Civil Veterinary Dept. North-West Frontier Province 1901-22 - 1901-1922
Year: 1901
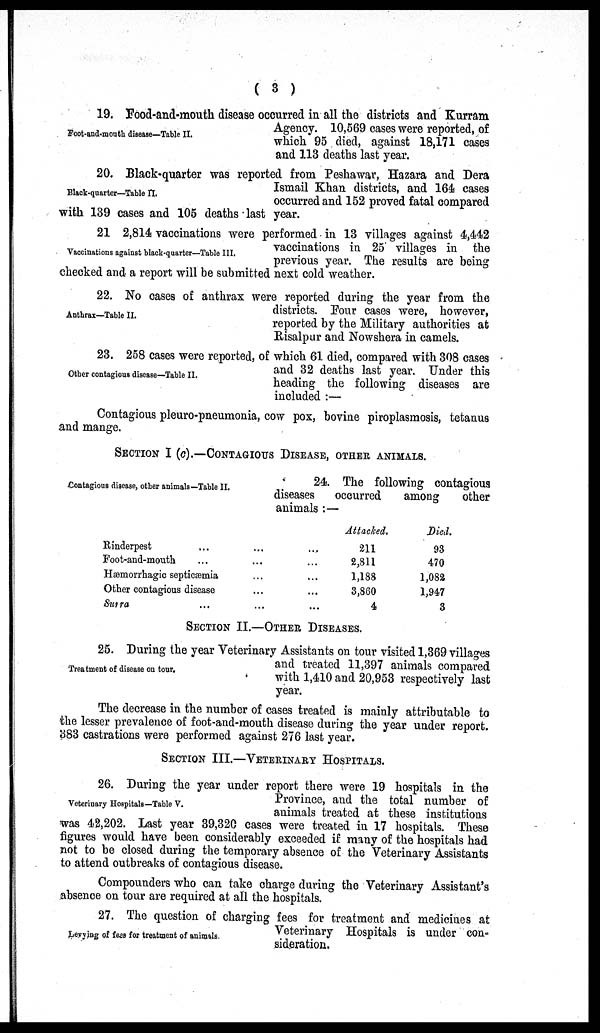
(3)
Foot-and-mouth disease—Table II.
19. Food-and-mouth disease occurred in all the districts and Kurram
Agency. 10,569 cases were reported, of
which 95 died, against 18,171 cases
and 113 deaths last year.
Black-quarter—Table II.
20. Black-quarter was reported from Peshawar, Hazara and Dera
Ismail Khan districts, and 164 cases
occurred and 152 proved fatal compared
with 139 cases and 105 deaths last year.
Vaccinations against black-quarter—Table III.
21 2,814 vaccinations were performed in 13 villages against 4,442
vaccinations in 25 villages in the
previous year. The results are being
checked and a report will be submitted next cold weather.
Anthrax—Table II.
22. No cases of anthrax were reported during the year from the
districts. Four cases were, however,
reported by the Military authorities at
Risalpur and Nowshera in camels.
Other contagious disease—Table II.
23. 258 cases were reported , of which 61 died, compared with 308
and 32 deaths last year. Under this
heading the following diseases are
included:—
Contagions pleuro-pneumonia ,cow pox, bovine piroplasmosis,
SECTION I (C).—CONTAGIOUS DISEASE, OTHER ANIMALS.
Contagious disease, other animals—Table II.
24. The following contagious
diseases
occurred
among
other
animals:—
Rinderpest ...
Foot-and-mouth ...
Hæmorrhagic septicæmia
Other contagious disease
Surra ...
...
...
...
...
...
...
...
...
...
...
Attacked.
211
2,811
1,188
3,860
4
Died.
93
470
1,082
1,947
3
SECTION II.—OTHER DISEASES.
Treatment of disease on tour.
25. During the year Veterinary Assistants on tour visited 1,369 villages
and treated 11,397 animals compared
with 1,410 and 20,953 respectively last
year.
The decrease in the number of cases treated is mainly attributable to
the lesser prevalence of foot-and-mouth disease during the year under report.
383 castrations were performed against 276 last year.
SECTION III.—VETERINARY HOSPITALS.
Veterinary Hospitals—Table V.
26. During the year under report there were 19 hospitals in the
Province, and the total number of
animals treated at these institutions
was 42,202. Last year 39,320 cases were treated in 17 hospitals. These
figures would have been considerably exceeded if many of the hospitals had
not to be closed during the temporary absence of the Veterinary Assistants
to attend outbreaks of contagious disease.
Compounders who can take charge during the Veterinary Assistant's
absence on tour are required at all the hospitals.
Levying of fees for treatment of animals.
27. The question of charging fees for treatment and medicines at
Veterinary Hospitals is under con-
sideration.